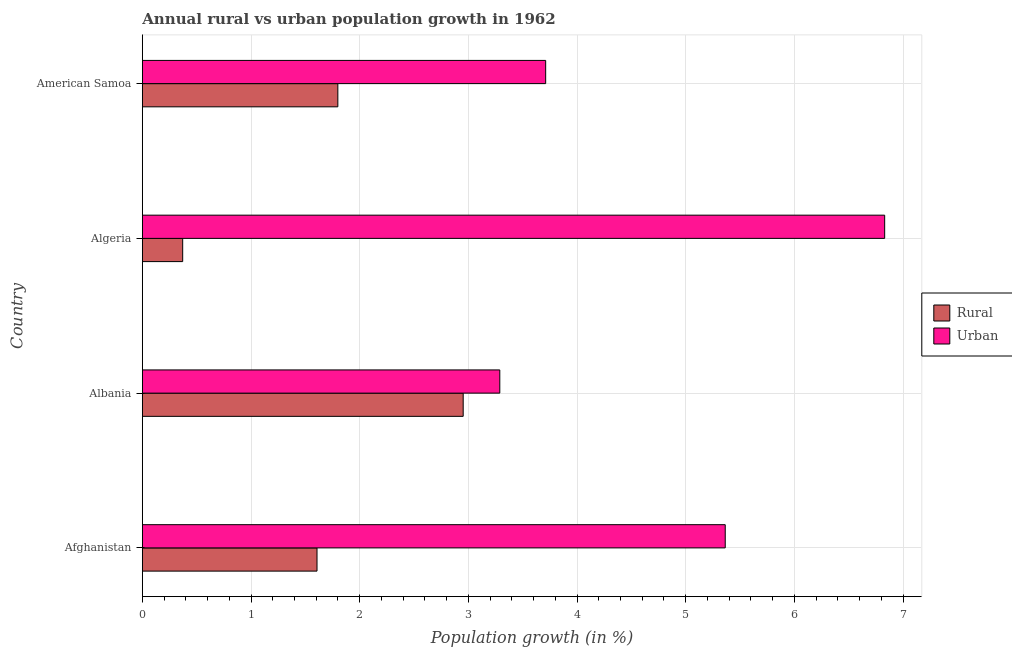
| Country | Rural | Urban  |
 | --- | --- | --- |
 | Afghanistan | 1.61 | 5.36 |
 | Albania | 2.95 | 3.29 |
 | Algeria | 0.371 | 6.83 |
 | American Samoa | 1.8 | 3.71 |